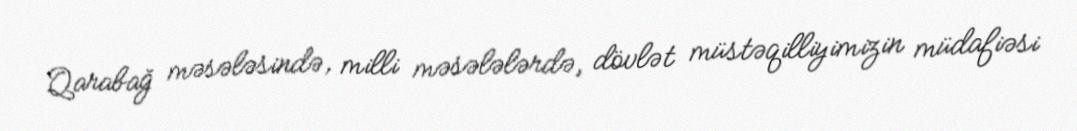
Qarabağ məsələsində, milli məsələlərdə, dövlət müstəqilliyimizin müdafiəsi